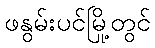
ဖနွမ်းပင်မြို့တွင်